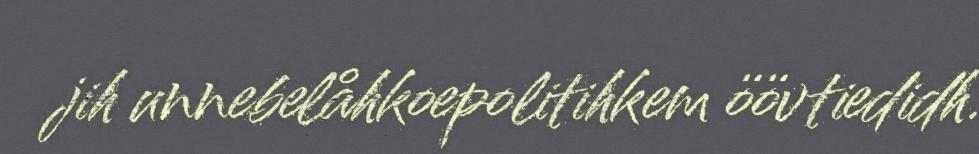
jih unnebelåhkoepolitihkem öövtiedidh.